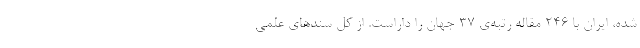
شده، ایران با ۲۴۶ مقاله رتبه‌ی ۳۷ جهان را داراست. از کل سندهای علمی